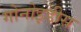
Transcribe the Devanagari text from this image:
गोनोइडीस